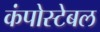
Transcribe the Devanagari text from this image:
कंपोस्टेबल